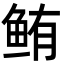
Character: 鲔